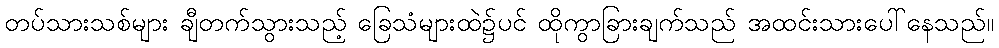
တပ်သားသစ်များ ချီတက်သွားသည့် ခြေသံများထဲ၌ပင် ထိုကွာခြားချက်သည် အထင်းသားပေါ်နေသည်။